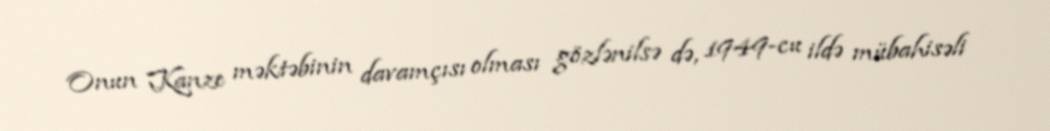
Onun Kanze məktəbinin davamçısı olması gözlənilsə də, 1949-cu ildə mübahisəli